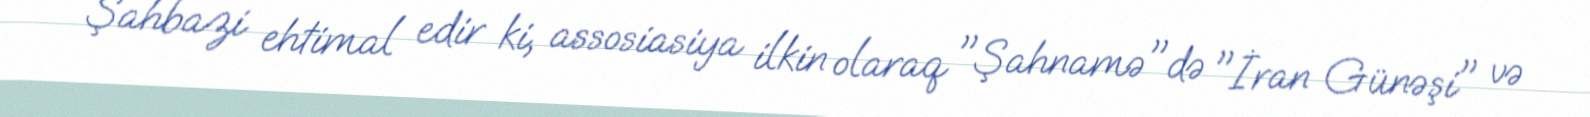
Şahbazi ehtimal edir ki, assosiasiya ilkin olaraq "Şahnamə"də "İran Günəşi" və